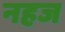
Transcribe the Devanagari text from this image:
नहज